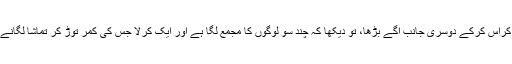
یہ مغربی دانشور بھی ریلوے لائن کراس کرکے دوسری جانب آگے بڑھا، تو دیکھا کہ چند سو لوگوں کا مجمع لگا ہے اور ایک کرلا جس کی کمر توڑ کر تماشا لگانے والا ایک ’’نایاب تیل‘‘ بیچ رہا ہے۔